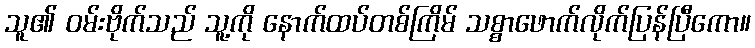
သူ၏ ဝမ်းဗိုက်သည် သူ့ကို နောက်ထပ်တစ်ကြိမ် သစ္စာဖောက်လိုက်ပြန်ပြီကော။